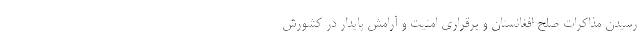
رسیدن مذاکرات صلح افغانستان و برقراری امنیت و آرامش پایدار در کشورش